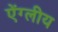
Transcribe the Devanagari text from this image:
ऐंग्लीय